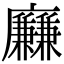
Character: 𢌍